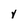
Character: V